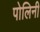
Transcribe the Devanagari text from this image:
पोलिनी